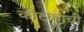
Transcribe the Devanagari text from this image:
कीटकाची